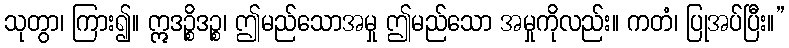
သုတွာ၊ ကြား၍။ ဣဒဉ္စိဒဉ္စ၊ ဤမည်သောအမှု ဤမည်သော အမှုကိုလည်း။ ကတံ၊ ပြုအပ်ပြီး။”